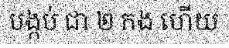
បង្កប់ ជា ២ កង ហើយ